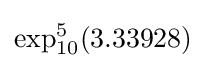
\exp _{10}^{5}(3.33928)